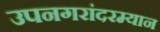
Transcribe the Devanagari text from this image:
उपनगरांदरम्यान